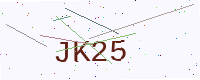
Text: JK25